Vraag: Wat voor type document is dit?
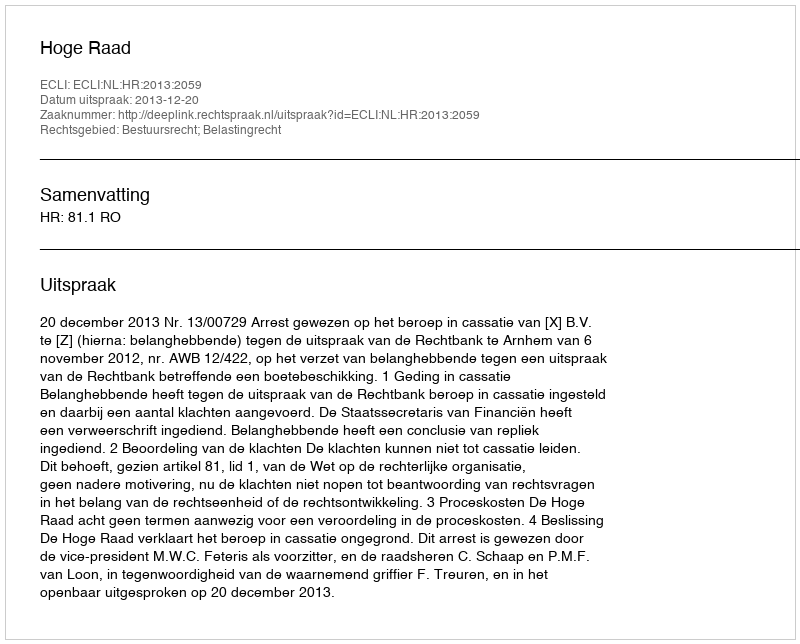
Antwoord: Uitspraak